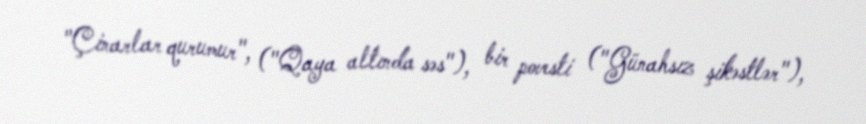
"Çinarlar qurumur", ("Qaya altında səs"), bir povesti ("Günahsız şikəstlər"),